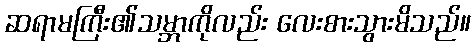
ဆရာမကြီး၏သမ္ဘာကိုလည်း လေးစားသွားမိသည်။